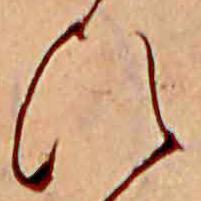
ひ